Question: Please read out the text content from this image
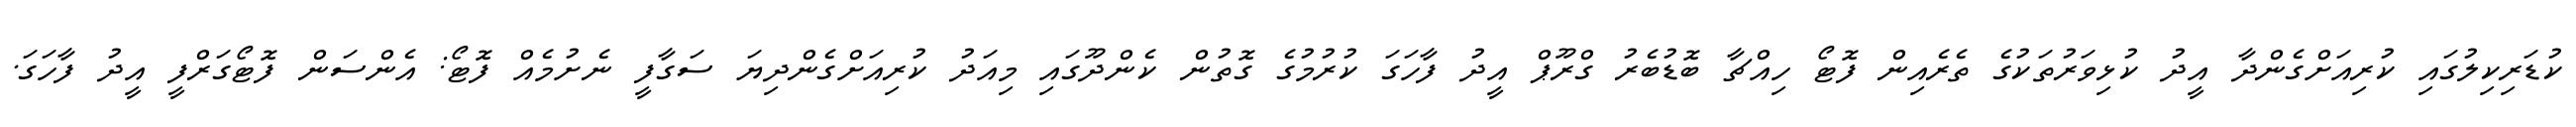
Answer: ކުޑަރިކިލުގައި ކުރިއަށްގެންދާ އީދު ކުޅިވަރުތަކުގެ ތެރެއިން ފޮޓޯ ހިއްޗާ ބޮޑުބެރު ގްރޫޕް އީދު ފާހަގަ ކުރުމުގެ ގޮތުން ކެންދޫގައި މިއަދު ކުރިއަށްގެންދިޔަ ސަގާފީ ނެށުމެއް ފޮޓޯ: އެންސަން ފޮޓޯގަރްފީ އީދު ފާހަގަ.